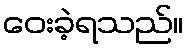
ဝေးခဲ့ရသည်။